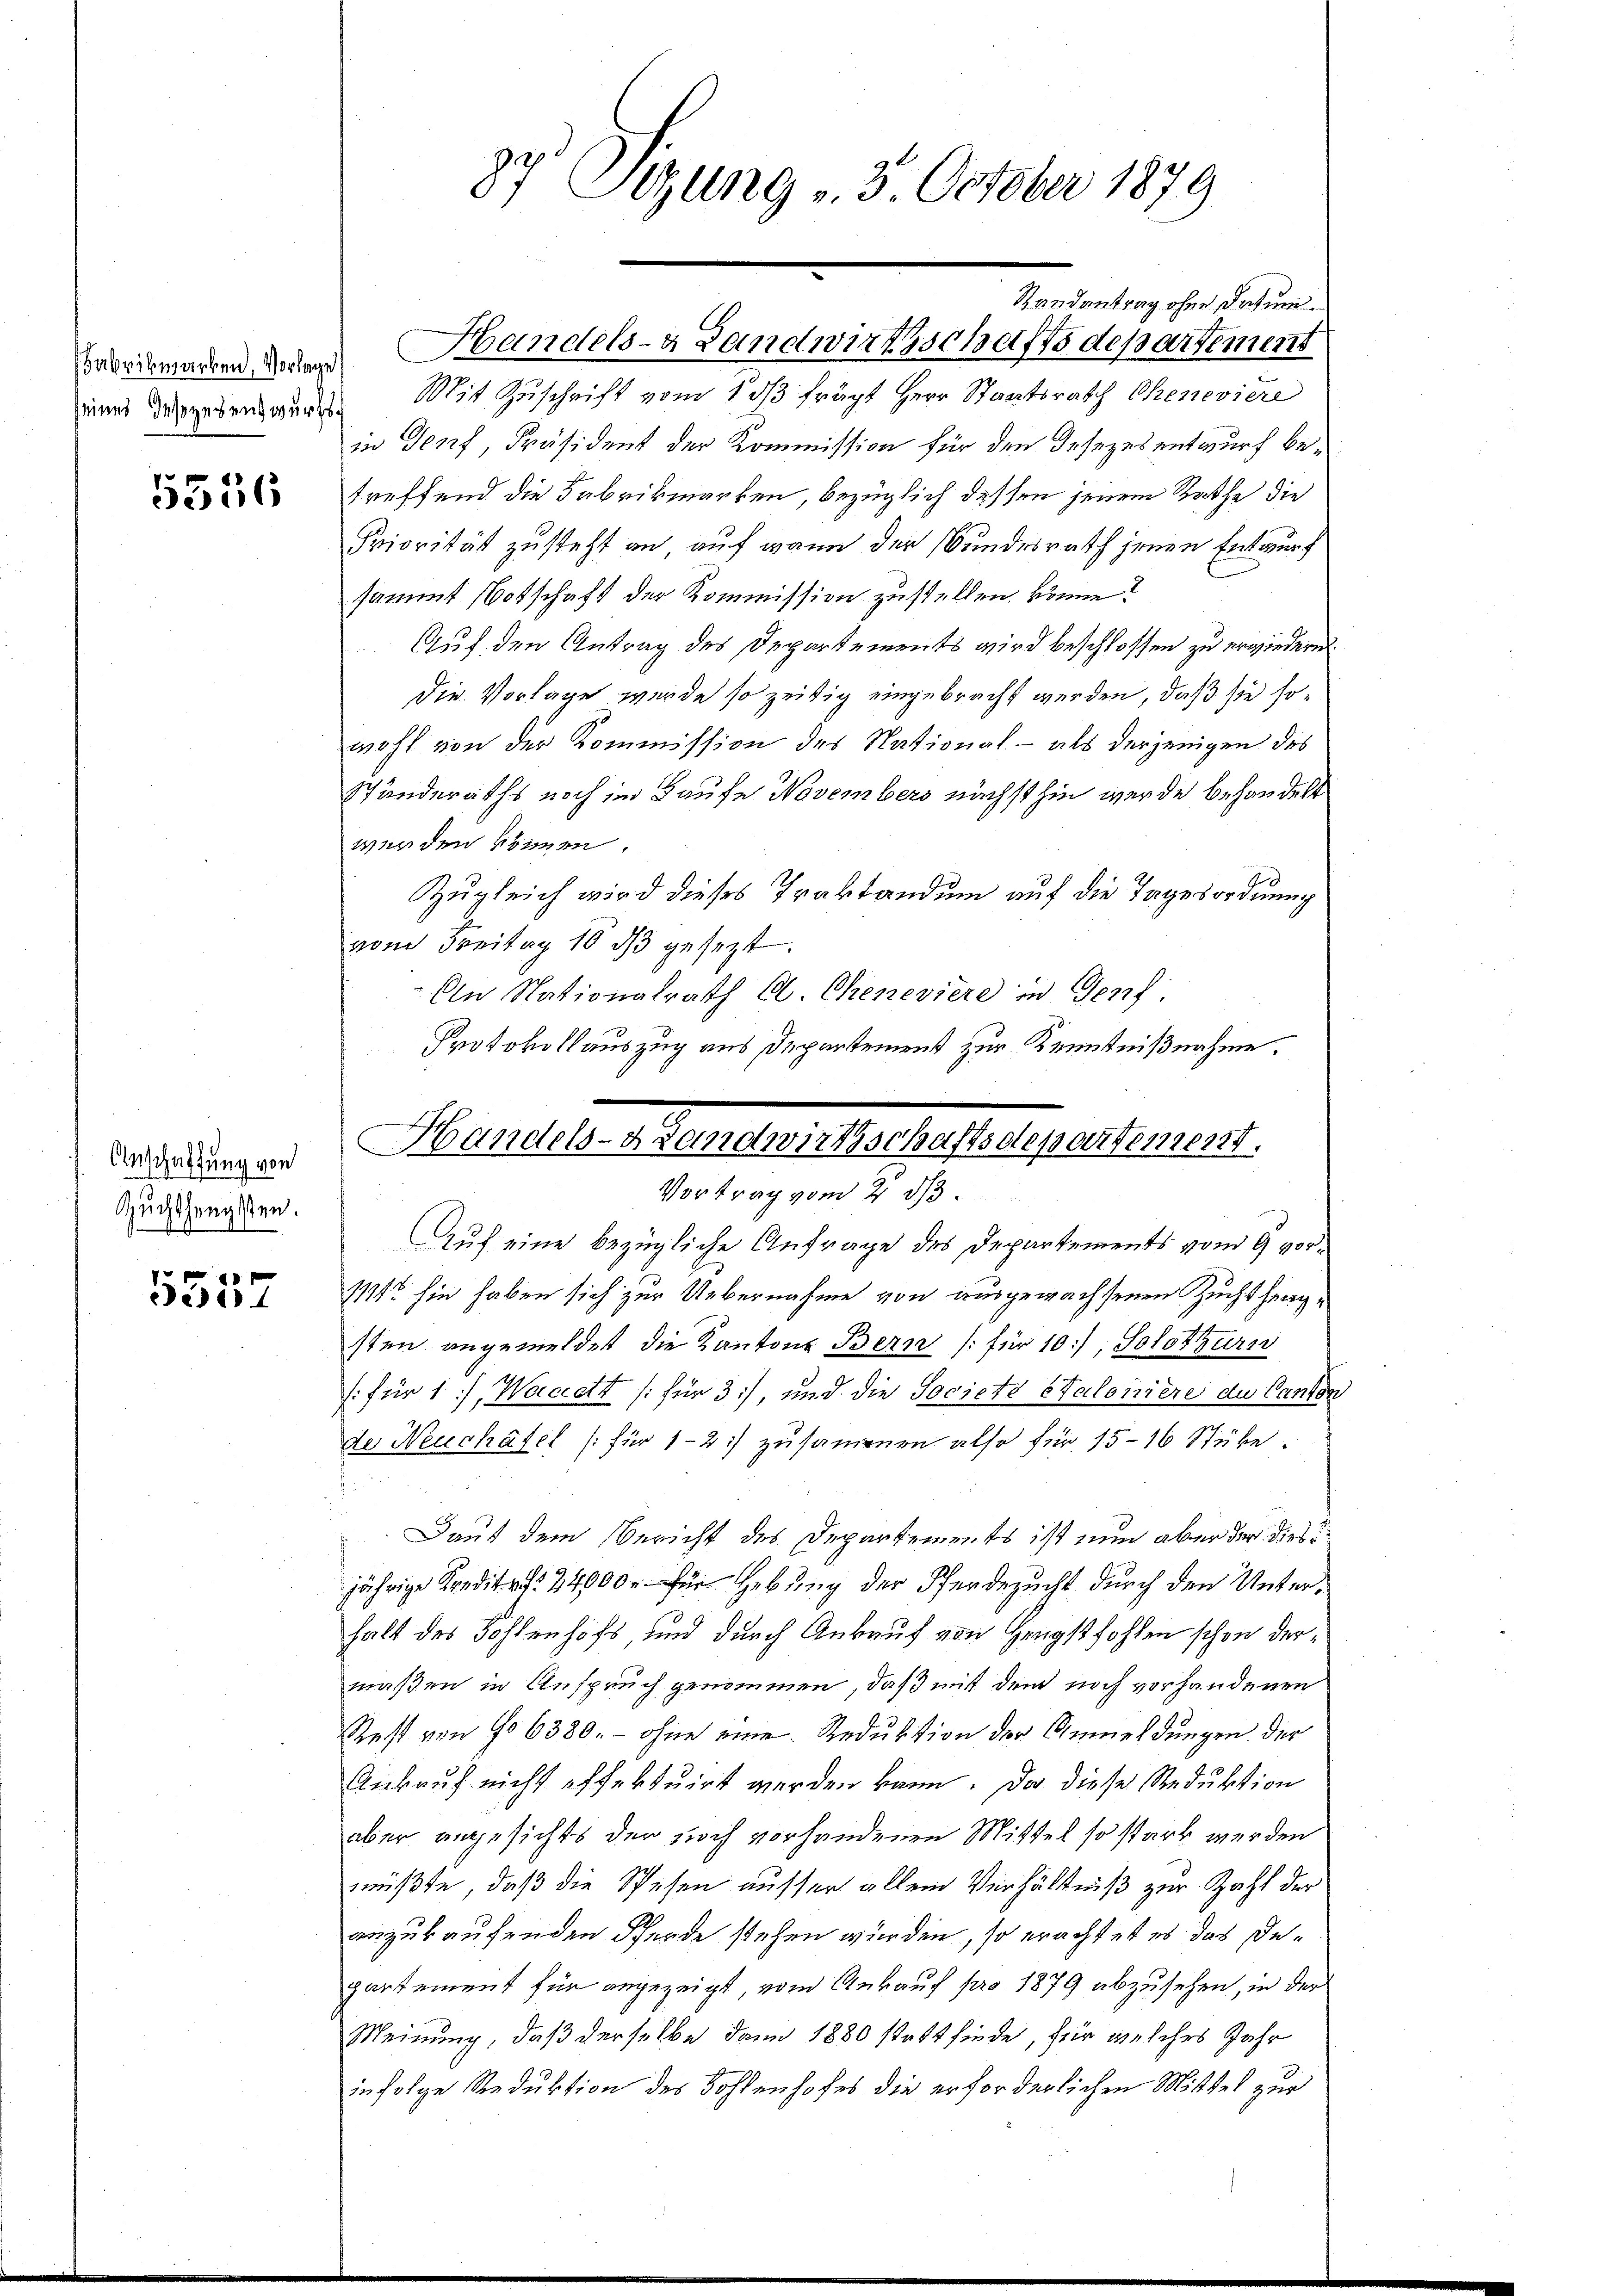
Fabrikmarken, Vorlage

5556

Anschaffung von
Suchthengsten.

5557

87 Sizung 3. October 1879

Randantrag ohne Datum.
Handels- & Landwirthschaftsdepartement
eine dergebenswürde. Mit Zuschrift vom 1 dß frägt Herr Staatsrath Cheneviere
in Genf, Präsident der Kommission für den Gesezes entwurf betreffend die Fabrikmarken, bezüglich dessen jenem Rathe die
Priorität zusteht an, auf wenn der Bundesrath jenen Entwurf
sammt Botschaft der Kommission zustellen könne?
Auf den Antrag des Departements wird beschlossen zu erwiedern.
Die Vorlage wurde so zeitig eingebracht werden, daß sie sowohl von der Kommission des National- als derjenigen des
Ständeraths noch im Haufe Novembers nächsthin werde behandelt
werden können.
Zugleich wird dieses Traktandum auf die Tagesordnung
vom Freitag 16 dβ gesezt.
An Nationalrath C. Cheneviere in Genf,
Protokollauszug aus Departement zur Kenntnißnahme.
Auf eine bezügliche Anfrage des Departements vom 9 vor.
11 hin haben sich zur Uebernahme von ausgewachsenen Zuchthaugsten angemeldet die Kantons Bern (für 10, Solothurn
: für 1), Wackett (für 3), und die Societe Staloniere du Canton
de Neuchâtel (für 1-2 :/ zusammen also für 15-16 Stücke.
Daut dem Bericht des Departements ist nun aber der dies
jährige Kredit 24000. für Hebung der Pferdezucht durch den Unterhalt des Kohlenhofs, und durch Ankauf von Hengstfohlen schon dermaßen in Anspruch genommen, daß mit dem noch vorhandenen
Rest von No 6380. – ohne eine Reduktion der Anmeldungen der
Ankauf nicht effektuirt werden kann. Da diese Reduktion
aber angesichts der noch vorhandenen Mittel so stark werden
müßte, daß die Spesen ausser allein Verhältniß zur Zahl der
anzukaufenden Pferde stehen würden, so erachtet es das Departement für angezeigt, vom Ankauf pro 1879 abzusehen, in der
Meinung, daß derselbe dann 1880 stattfinde, für welches Jahr
infolge Reduktion des Sohlenhofes die erforderlichen Mittel zur

Handel-Auenewittschaft Departement.
Vortrag vom 2. ds.